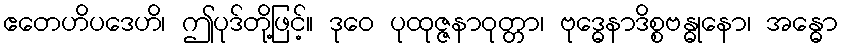
ဧတေဟိပဒေဟိ၊ ဤပုဒ်တို့ဖြင့်။ ဒုဝေ ပုထုဇ္ဇနာဝုတ္တာ၊ ဗုဒ္ဓေနာဒိစ္စဗန္ဓုနော၊ အန္ဓော